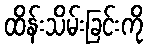
ထိန်းသိမ်းခြင်းကို